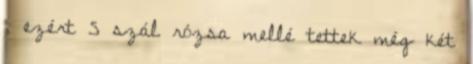
, ezért 5 szál rózsa mellé tettek még két